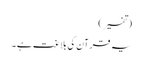
(تفسیر)
یہ قرآن کی بلاغت ہے ۔